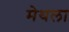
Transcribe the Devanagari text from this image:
मेथला